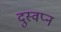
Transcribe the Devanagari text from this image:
दुस्वप्न